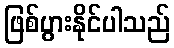
ဖြစ်ပွားနိုင်ပါသည်